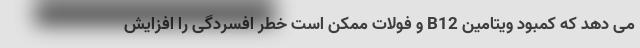
می دهد که کمبود ویتامین B12 و فولات ممکن است خطر افسردگی را افزایش